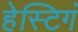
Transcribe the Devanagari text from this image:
हेस्टिगं